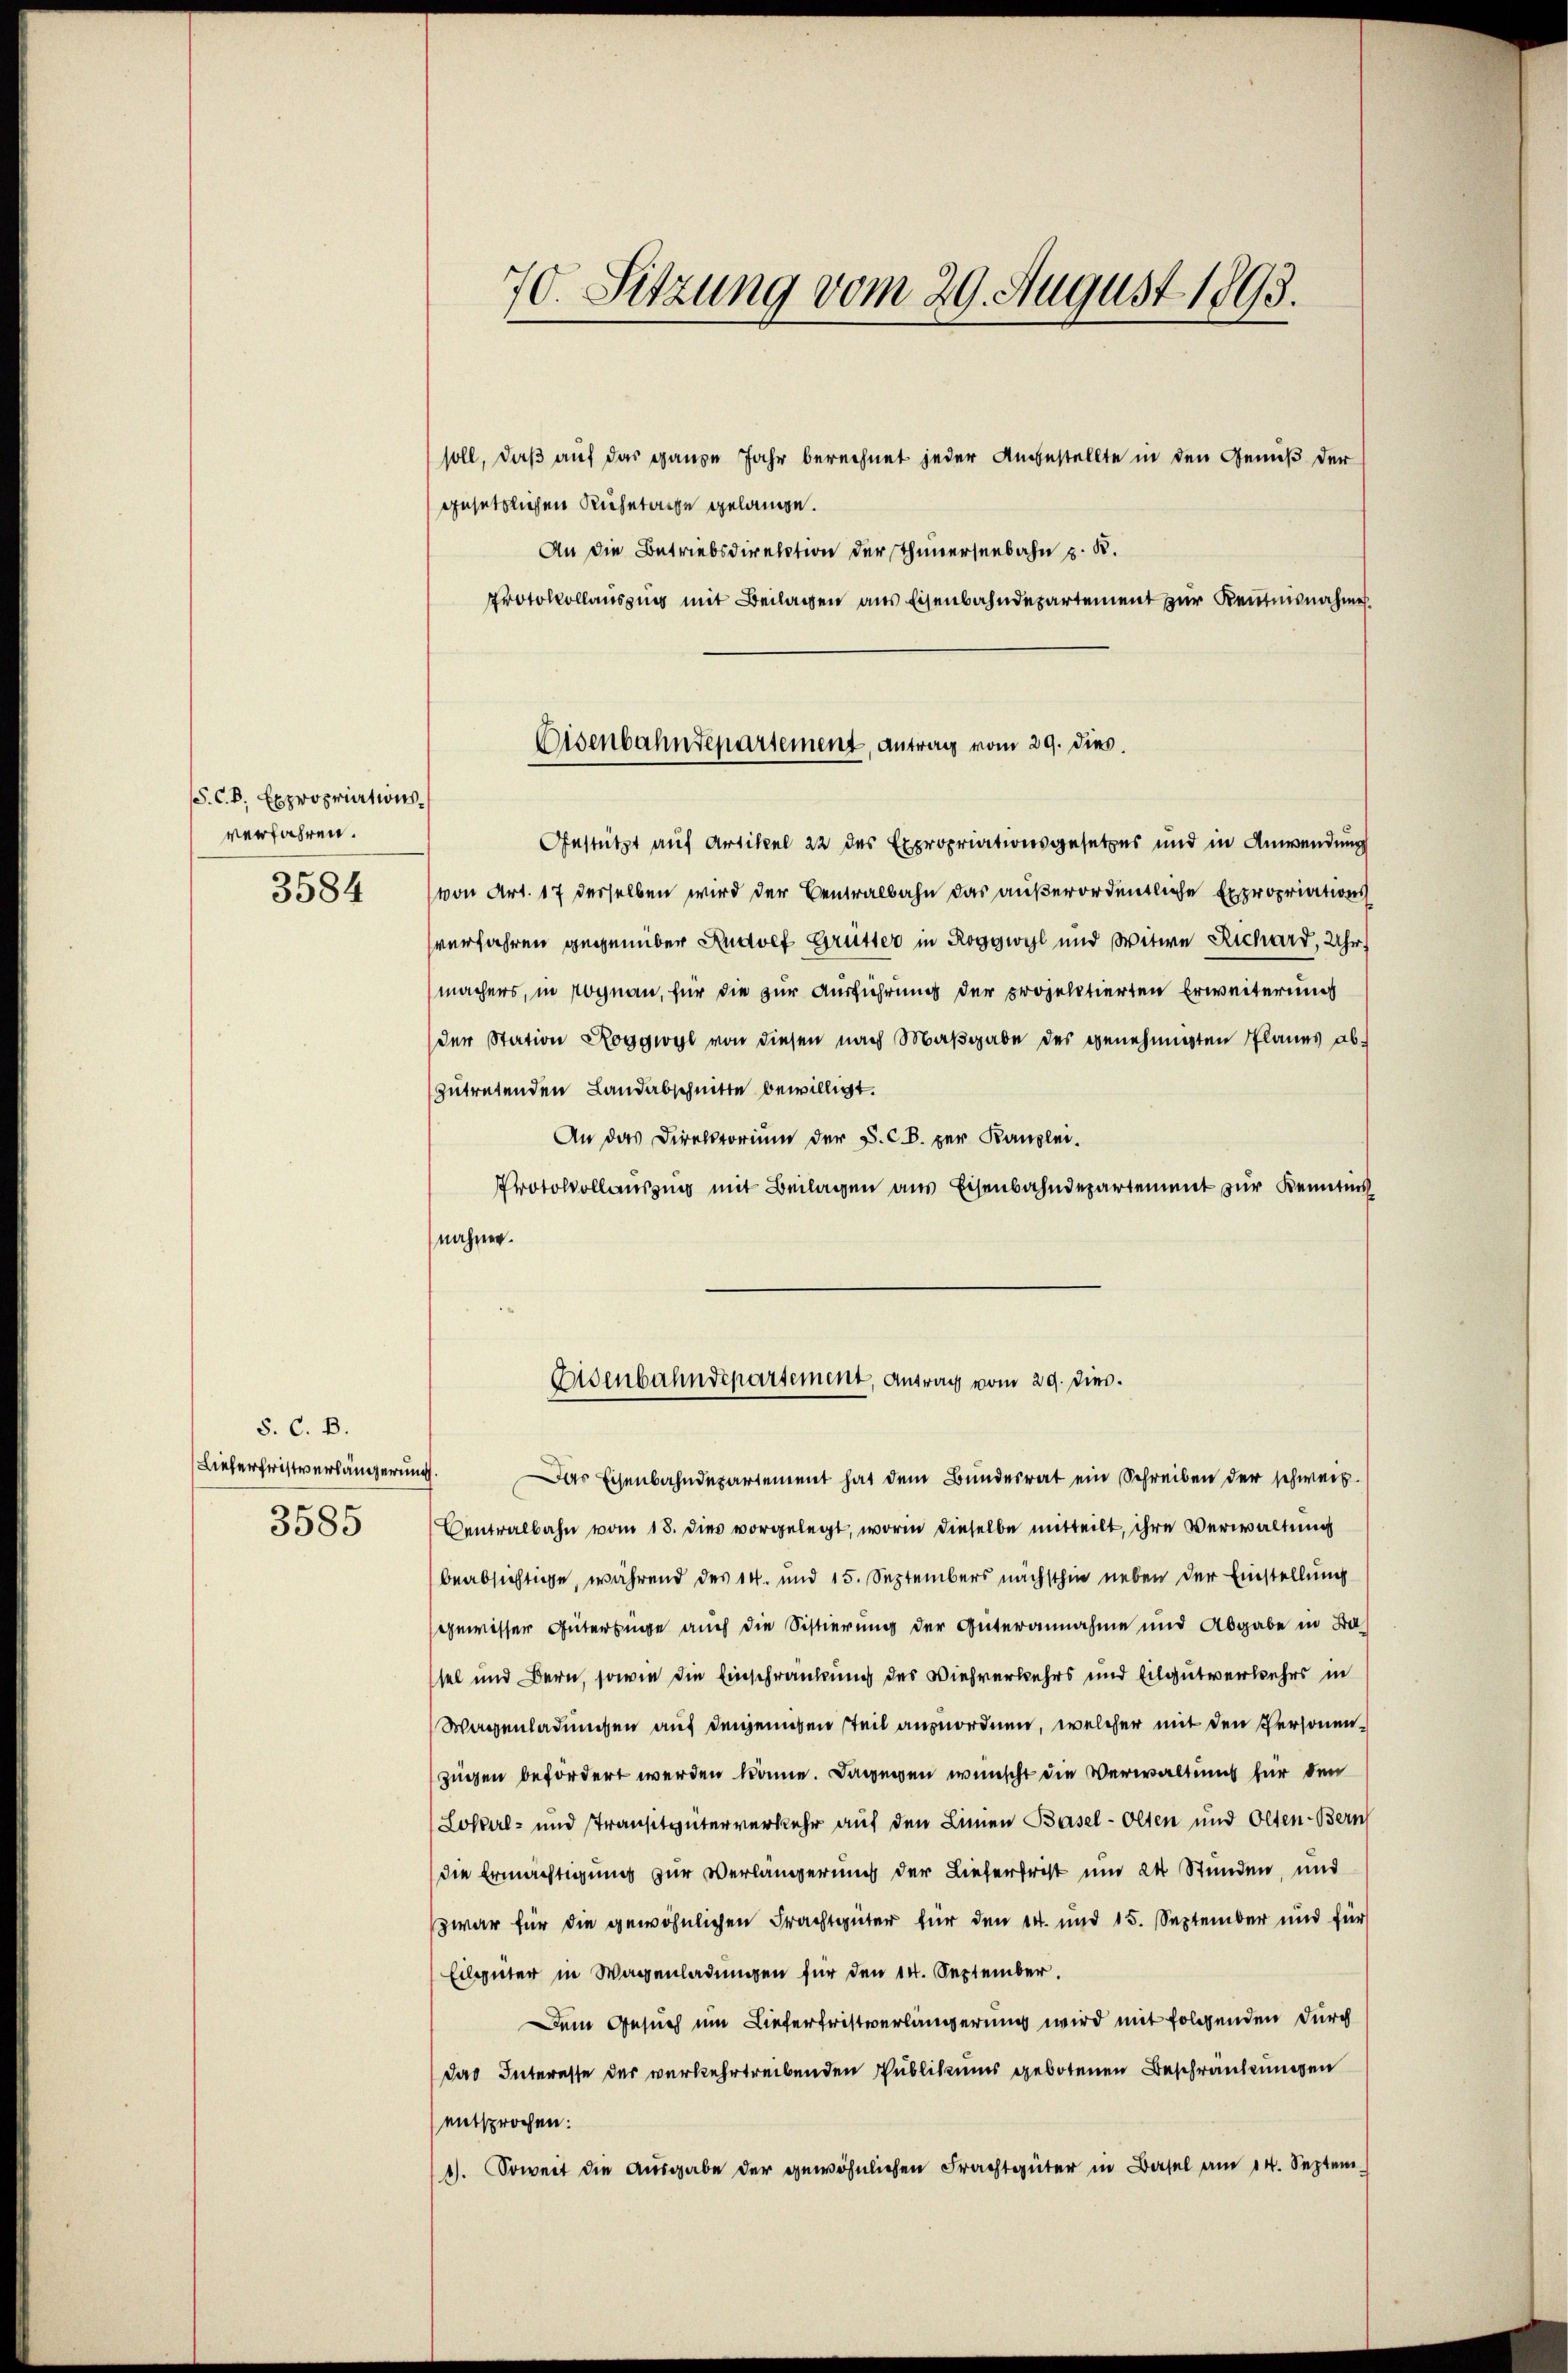
/S. C. B. Expropriationsverfahren.
3584

S. C. B.
Lieberfristverlängerung
3585

70. Sitzung vom 29. August 1893.

soll, daß auf das ganze Jahr berechnet jeder Angestellte in den Genuß der
gesetzlichen Ruhetage gelange.
An die Betriebsdirektion der Thunerseebahn z. R.
Protokollaussung mit Beilagen aus Eisenbahndepartement zur Kentnisnahme
Gestützt auf Artikel 22 des Expropriationsgesetzes und in Anwendung
von Art. 17 derselben wird der Centralbahn das außerordentliche Expropriations
verfahren gegenüber Rudolf Grütter in Roggwyl und Witwe Richard, Uhr
machers, in Rognau, für die zur Ausführung der projektierten Erweiterung
der Station Roggwyl von diesen nach Maßgabe des genehmigten Planes abzutretenden Landabschnitte bewilligt.
An das Direktorium der S. C. B. per Kanzlei.
Protokollausung mit Beilagen aus Eisenbahndepartement zur Kenntnis
nahmen.

Eisenbahndepartement, antrag vom 29. dies.

9. Das Eisenbahndepartement hat dem Bŭndesrat ein Schreiben der schweiz.
Centralbahn vom 18. dies vorgelegt, worin dieselbe mitteilt, ihre Verwaltung
beabsichtige, während des 14. und 15. Septembers nächsthin neben der Einstellung
gewisser Gütertige auch die Sistierung der Güterannahme und Abgabe in Bassel und Bern, sowie die Einschränkung des Viehverkehrs und Eilgutverkehrs in
Wagenladungen auf denjenigen steil anzuordnen, welcher mit den Personen
zügen befordert werden könne. Dagegen wünscht die Verwaltung für den
Lokal- und Stransitgüterverkehr auf den Linien Basel-Olten und Olten-Bern
die Ermächtigung zur Verlängerung der Lieferfrist und 24 Stunden, und
zwar für die gewöhnlichen Frachtgüter für den 14. und 15. September und für
Eilgüter in Wagenladungen für den 14. September.
Dem Gesuch um Liefertristverlängerung wird mit folgenden durch
das Interesse der verkehrtreibenden Publikums gebotenen Beschränkungen
entsprochen:
1). Soweit die Ausgabe der gewöhnlichen Frachtgüter in Basel am 14. Septem

Eisenbahndepartement, Antrag vom 29. Dies.